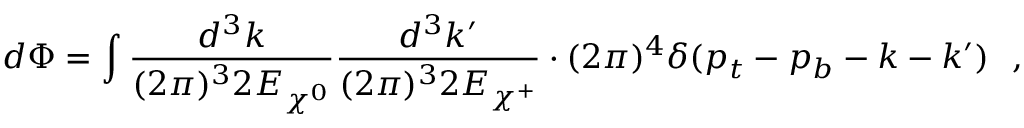
d \Phi = \int \frac { d ^ { 3 } k } { ( 2 \pi ) ^ { 3 } 2 E _ { \chi ^ { 0 } } } \frac { d ^ { 3 } k ^ { \prime } } { ( 2 \pi ) ^ { 3 } 2 E _ { \chi ^ { + } } } \cdot ( 2 \pi ) ^ { 4 } \delta ( p _ { t } - p _ { b } - k - k ^ { \prime } ) \ \ ,